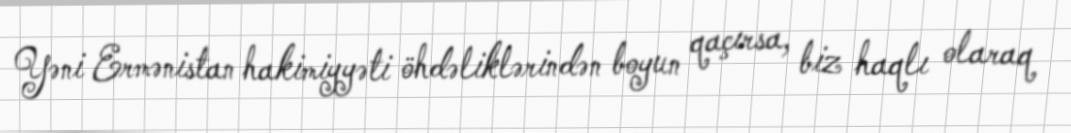
Yəni Ermənistan hakimiyyəti öhdəliklərindən boyun qaçırsa, biz haqlı olaraq